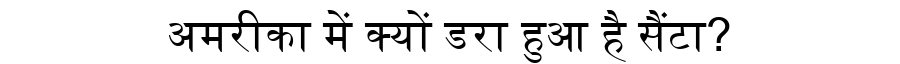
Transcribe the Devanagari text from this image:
अमरीका में क्यों डरा हुआ है सैंटा?